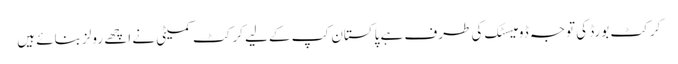
کرکٹ بورڈ کی توجہ ڈومیسٹک کی طرف ہے پاکستان کپ کےلیے کرکٹ کمیٹی نے اچھے رولز بنائے ہیں